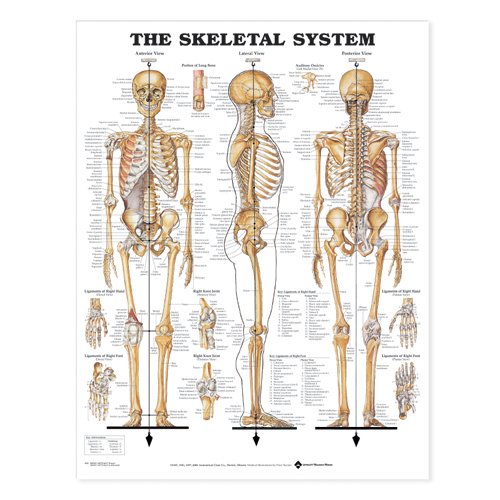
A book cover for The Skeletal System Anatomical Chart; Anatomical Chart Company; Medical Books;